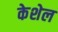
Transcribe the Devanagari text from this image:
केशेल